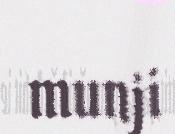
munji